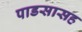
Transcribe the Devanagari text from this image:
पाडसासह